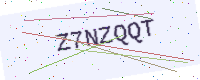
Text: Z7NZQQT